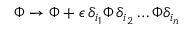
\Phi \rightarrow \Phi + \epsilon \, \delta _ { i _ { 1 } } \Phi \, \delta _ { i _ { 2 } } \ldots \Phi \delta _ { i _ { n } }